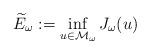
LaTeX: \begin{align*}\widetilde{E}_{\omega}:=\inf_{u\in\mathcal{M}_{\omega}}J_{\omega}(u)\end{align*}